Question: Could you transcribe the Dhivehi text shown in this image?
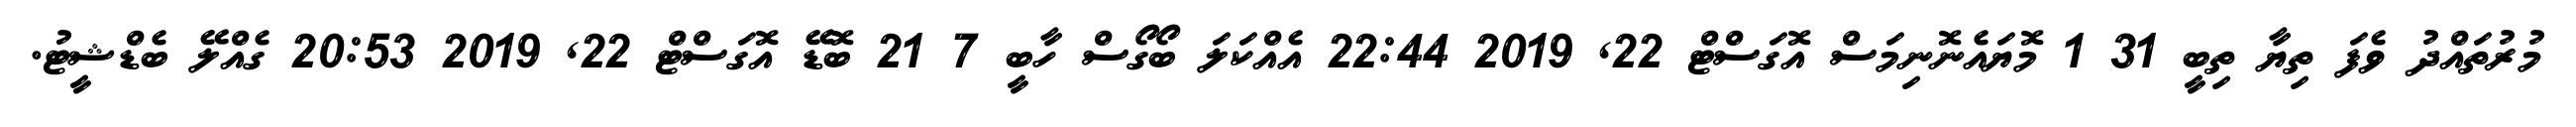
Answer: މުރުތައްދު ވެފަ ތިޔާ ތިބީ 31 1 މޮޔައެނޮނިމަސް އޮގަސްޓް 22, 2019 22:44 އެއްކަލަ ބޯގޯސް ހާބީ 7 21 ބޮޑޭ އޮގަސްޓް 22, 2019 20:53 ގެއްލޭ ބެޑްޝީޓު.